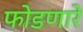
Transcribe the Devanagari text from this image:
फोडणारे